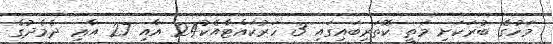
މަހުގެ ބުރަކަށި މަތީ ކޮތަރިބައިގައި 3 ހަރުކައްޓާއެކު24 އާއި 27 އާޢި ދެމެދުގެ